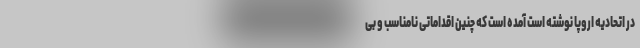
در اتحادیه اروپا نوشته است آمده است که چنین اقداماتی نامناسب و بی